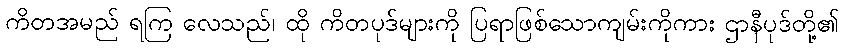
ကိတအမည် ရကြ လေသည်၊ ထို ကိတပုဒ်များကို ပြရာဖြစ်သောကျမ်းကိုကား ဌာနီပုဒ်တို့၏